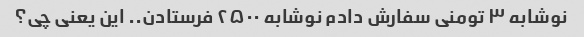
نوشابه ۳ تومنی سفارش دادم نوشابه ۲۵۰۰ فرستادن.. این یعنی چی؟